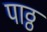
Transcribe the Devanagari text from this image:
पाठ्ठ